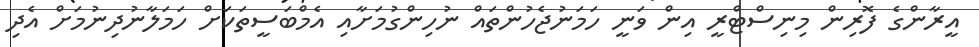
އީރާންގެ ފޮރިން މިނިސްޓްރީ އިން ވަނީ ހަމަނުޖެހުންތައް ނުހިންގުމަށާއި އެމްބަސީތަކަށް ހަމަލާނުދިނުމަށް އެދި